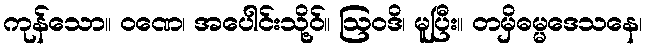
ကုန်သော။ ဝဏေ၊ အပေါင်းသို့ဝ်။ ဩဝဒိ၊ မူပြီး။ တမှိဓမ္မဒေသနေ၊